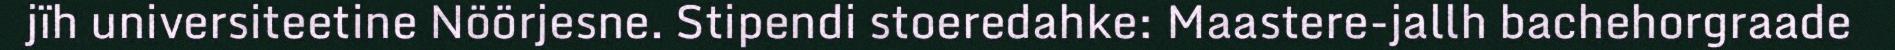
jïh universiteetine Nöörjesne. Stipendi stoeredahke: Maastere-jallh bachehorgraade